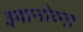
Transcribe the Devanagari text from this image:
इवानोव्ना